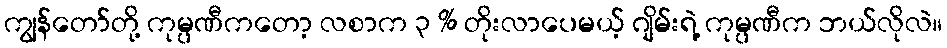
ကျွန်တော်တို့ ကုမ္ပဏီကတော့ လစာက ၃ % တိုးလာပေမယ့် ဂျိမ်းရဲ့ ကုမ္ပဏီက ဘယ်လိုလဲ။